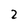
Character: 2